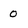
Character: O